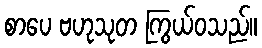
စာပေ ဗဟုသုတ ကြွယ်ဝသည်။